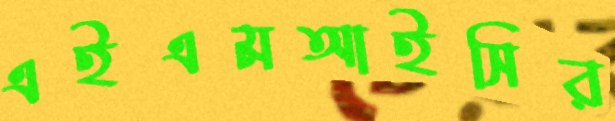
এইএমআইসির